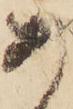
あ